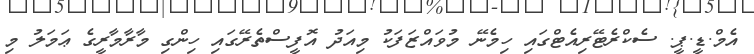
އެމް.ޑީ.ޕީ. ސެކްރެޓޭރިއެޓްގައި ހިމެނޭ މުވައްޒަފަކު މިއަދު އޮފީސްތެރޭގައި ހިންގި މާރާމާރީގެ ޢަމަލު މި